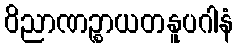
ဝိညာဏဉ္စာယတနူပဂါနံ